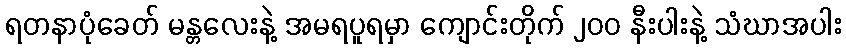
ရတနာပုံခေတ် မန္တလေးနဲ့ အမရပူရမှာ ကျောင်းတိုက် ၂၀၀ နီးပါးနဲ့ သံဃာအပါး